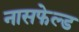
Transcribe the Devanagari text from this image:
नासफेल्ड